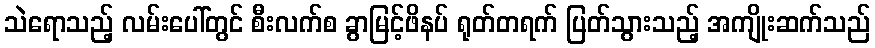
သဲရောသည့် လမ်းပေါ်တွင် စီးလက်စ ခွာမြင့်ဖိနပ် ရုတ်တရက် ပြတ်သွားသည့် အကျိုးဆက်သည်